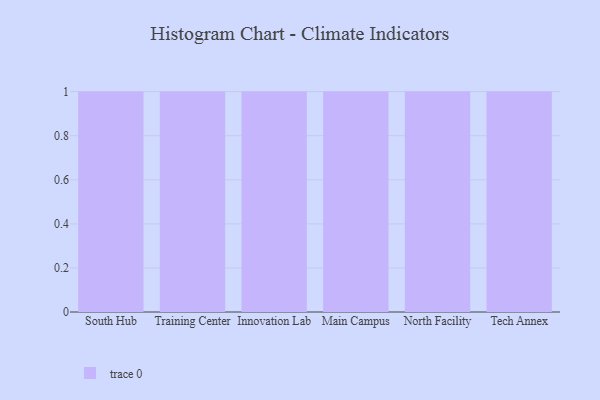
{"axis": {"x": "Campus", "y": "Shipments"}, "legend": [""], "data": [{"x": "South Hub", "y": 78, "type": ""}, {"x": "Training Center", "y": 70, "type": ""}, {"x": "Innovation Lab", "y": 69, "type": ""}, {"x": "Main Campus", "y": 17, "type": ""}, {"x": "North Facility", "y": 85, "type": ""}, {"x": "Tech Annex", "y": 4, "type": ""}]}